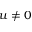
u \ne 0